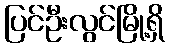
ပြင်ဦးလွင်မြို့ရှိ